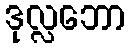
ဒုလ္လဘော